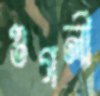
গুগলী